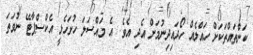
ކަންތައްތަކަށް ހައްލެއް ހޯދައިދިނުމަށް އެދި އެވެ. އެ މައްސަލަ ހުށަހެޅީ އެކްސްޕާޓޭ ނުވަތަ